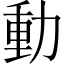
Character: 動